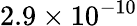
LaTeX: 2.9\times 10^{-10}